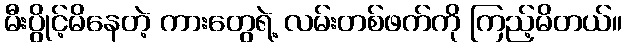
မီးပွိုင့်မိနေတဲ့ ကားတွေရဲ့ လမ်းတစ်ဖက်ကို ကြည့်မိတယ်။